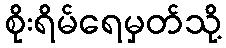
စိုးရိမ်ရေမှတ်သို့